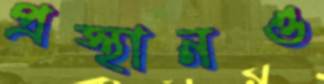
প্রস্থানও